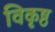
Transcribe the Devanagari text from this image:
विकृष्ठ